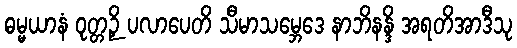
ဓမ္မယာနံ ဝုတ္တဉှိ ပလာပေတိ သီမာသမ္ဘေဒေ နာဘိနန္ဒိ အရတိအာဒီသု